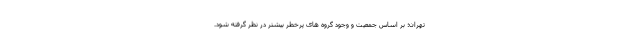
تهران؛ بر اساس جمعیت و وجود گروه های پرخطر بیشتر در نظر گرفته شود.